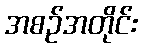
အစဉ်အတိုင်း